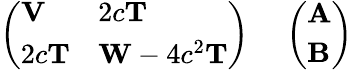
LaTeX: \begin{array}{rl}{\left(\begin{array}{ll}{\mathbf{V}}&{2c\mathbf{T}}\\ {2c\mathbf{T}}&{\mathbf{W}-4c^{2}\mathbf{T}}\end{array}\right)}&{{}\, \left(\begin{array}{l}{\mathbf{A}}\\ {\mathbf{B}}\end{array}\right)}\end{array}